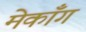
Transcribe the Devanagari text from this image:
मेकॉँग